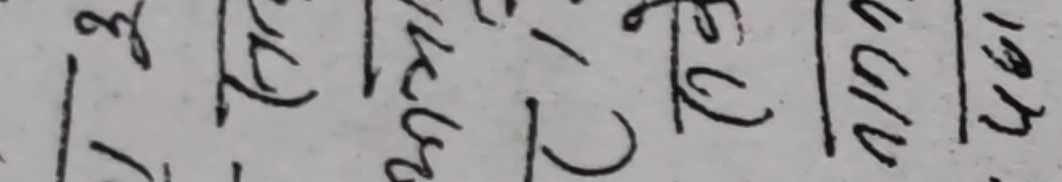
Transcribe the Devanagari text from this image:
छ३ ट१ कल द२ बल ४७